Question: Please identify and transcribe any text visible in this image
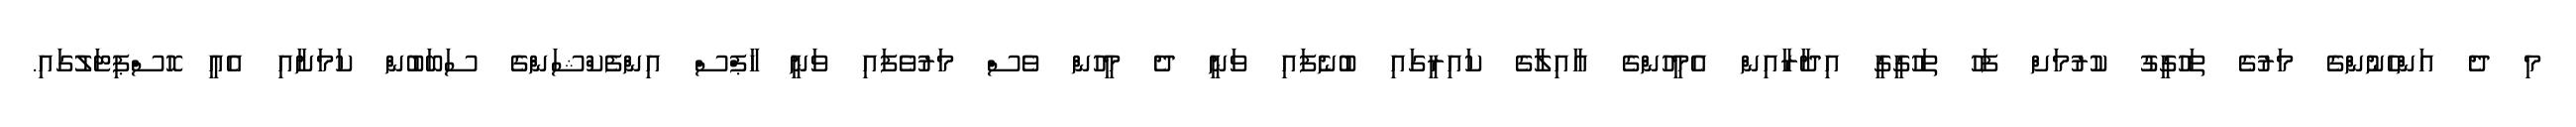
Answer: މި ދެ އަންހެނުންގެ މަރުގެ ތަހުގީގު ކުރުމަށް ފަހު ތަހުގީގީ އިދާރާއިން އެމީހުންގެ އާއިލާގެ ކައިރީގައި ބުނެފައި ވަނީ ދެ މީހުން ވެސް މަރުވެފައި ވަނީ ހާޕްސް އިންފެކްޝަންގެ ސަބަބުން ކަމަށާއި އެއީ ހޮސްޕިޓަލުގައި.